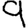
Digit: 9